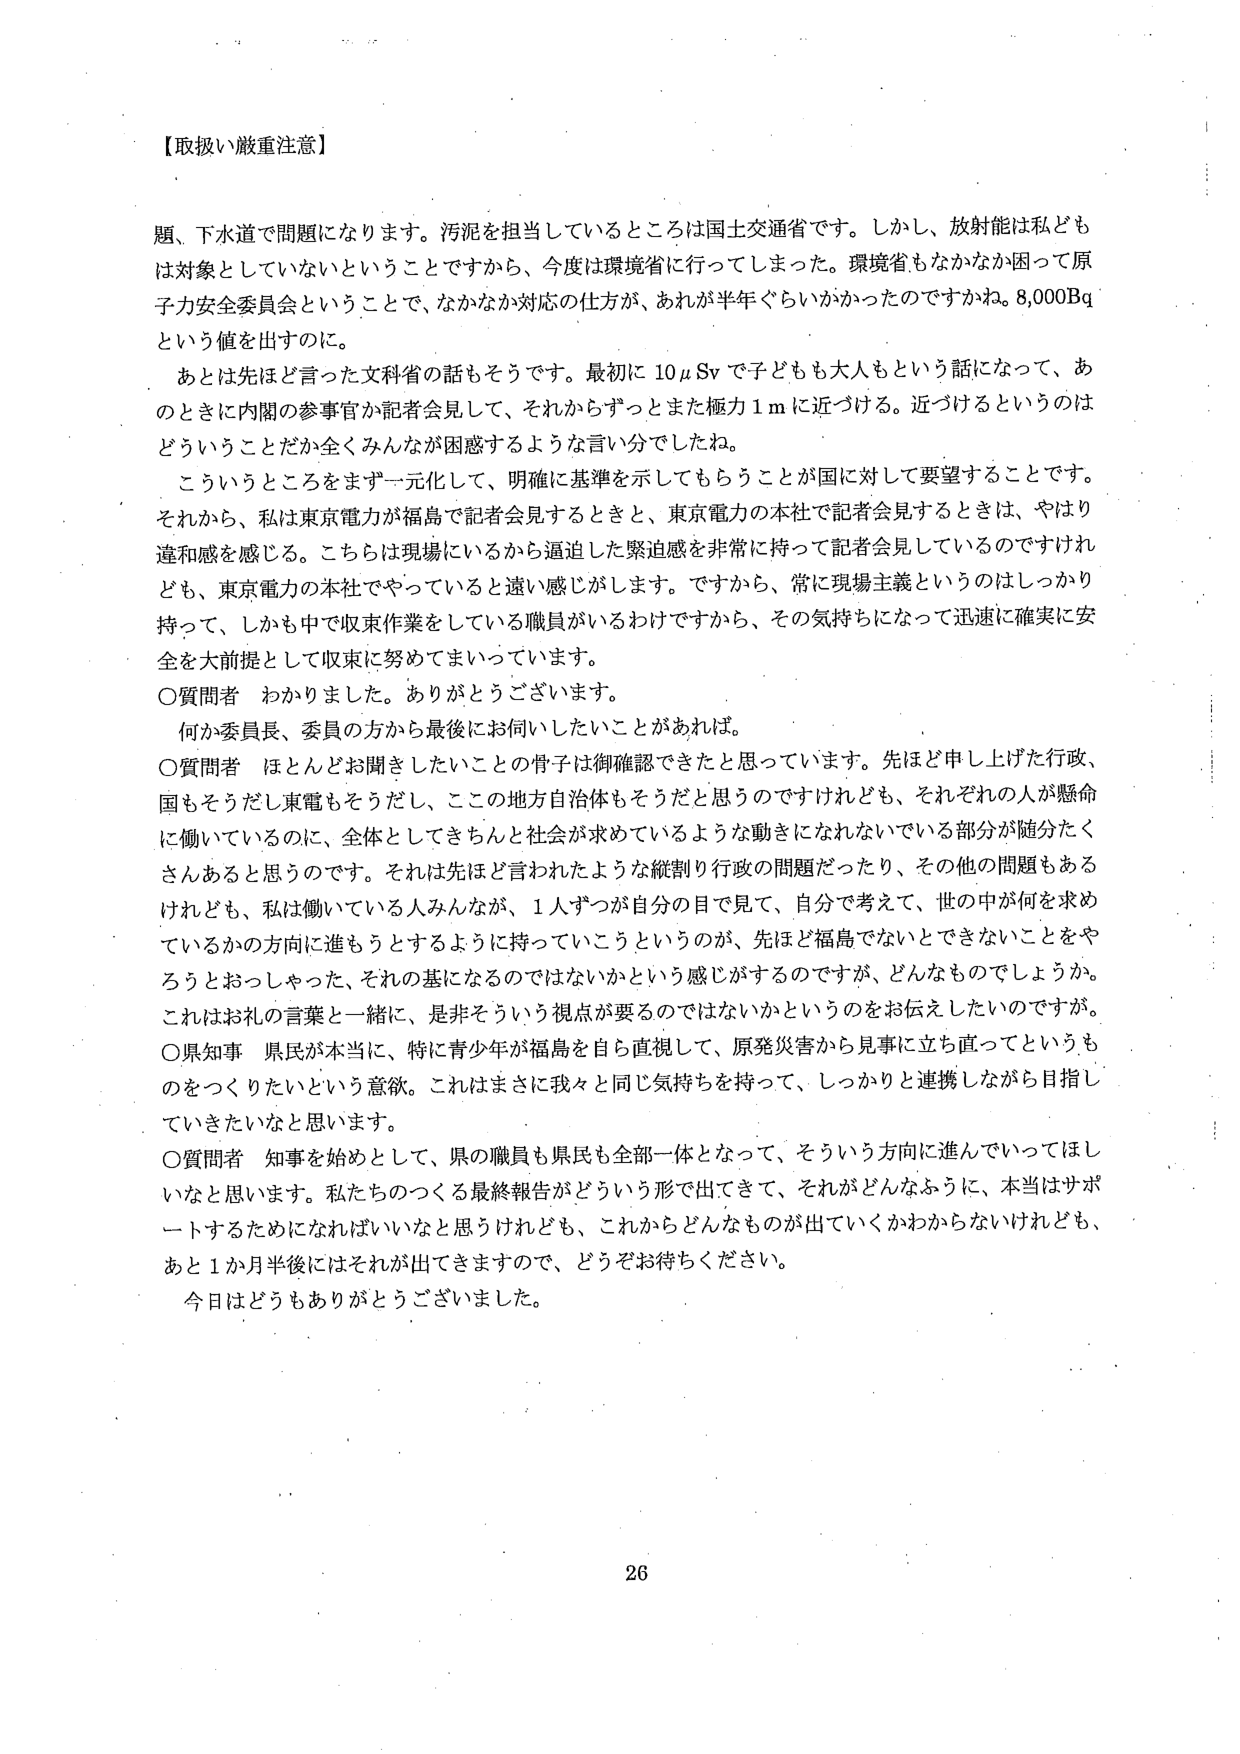
【取扱い厳重注意】

題、下水道で問題になります。汚泥を担当しているところは国土交通省です。しかし、放射能は私どもは対象としていないということですから、今度は環境省に行ってしまった。環境省もなかなか困って原子力安全委員会ということで、なかなか対応の仕方が、あれが半年ぐらいかかったのですかね。8,000Bqという値を出すのに。

あとは先ほど言った文科省の話もそうです。最初に10μSvで子どもも大人もという話になって、あのときに内閣の参事官か記者会見して、それからずっとまた極力1mに近づける。近づけるというのはどういうことだか全くみんなが困惑するような言い分でしたね。

こういうところをまず一元化して、明確に基準を示してもらうことが国に対して要望することです。それから、私は東京電力が福島で記者会見するときと、東京電力の本社で記者会見するときは、やはり違和感を感じる。こちらは現場にいるから逼迫した緊迫感を非常に持って記者会見しているのですけれども、東京電力の本社でやっていると遠い感じがします。ですから、常に現場主義というのはしっかり持って、しかも中で収束作業をしている職員がいるわけですから、その気持ちになって迅速に確実に安全を大前提として収束に努めてまいっています。

〇質問者　わかりました。ありがとうございます。

何か委員長、委員の方から最後にお伺いしたいことがあれば。

〇質問者　ほとんどお聞きしたいことの骨子は御確認できたと思っています。先ほど申し上げた行政、国もそうだし東電もそうだし、ここの地方自治体もそうだと思うのですけれども、それぞれの人が懸命に働いているのに、全体としてきちんと社会が求めているような動きになれないでいる部分が随分たくさんあると思うのです。それは先ほど言われたような縦割り行政の問題だったり、その他の問題もあるけれども、私は働いている人みんなが、1人ずつが自分の目で見て、自分で考えて、世の中が何を求めているかの方向に進もうとするように持っていこうというのが、先ほど福島でないとできないことをやろうとおっしゃった、それの基になるのではないのかという感じがするのですが、どんなものでしょうか。これはお礼の言葉と一緒に、是非そういう視点が要るのではないかというのをお伝えしたいのですが。

〇県知事　県民が本当に、特に青少年が福島を自ら直視して、原発災害から見事に立ち直ってというものをつくりたいという意欲。これはまさに我々と同じ気持ちを持って、しっかりと連携しながら目指していきたいなと思います。

〇質問者　知事を始めとして、県の職員も県民も全部一体となって、そういう方向に進んでいってほしいなと思います。私たちのつくる最終報告がどういう形で出てきて、それがどんなふうに、本当はサポートするためになければいいなと思うけれども、これからどんなものが出ていくかわからないけれども、あと1か月半後にはそれが出てきますので、どうぞお待ちください。

今日はどうもありがとうございました。

26